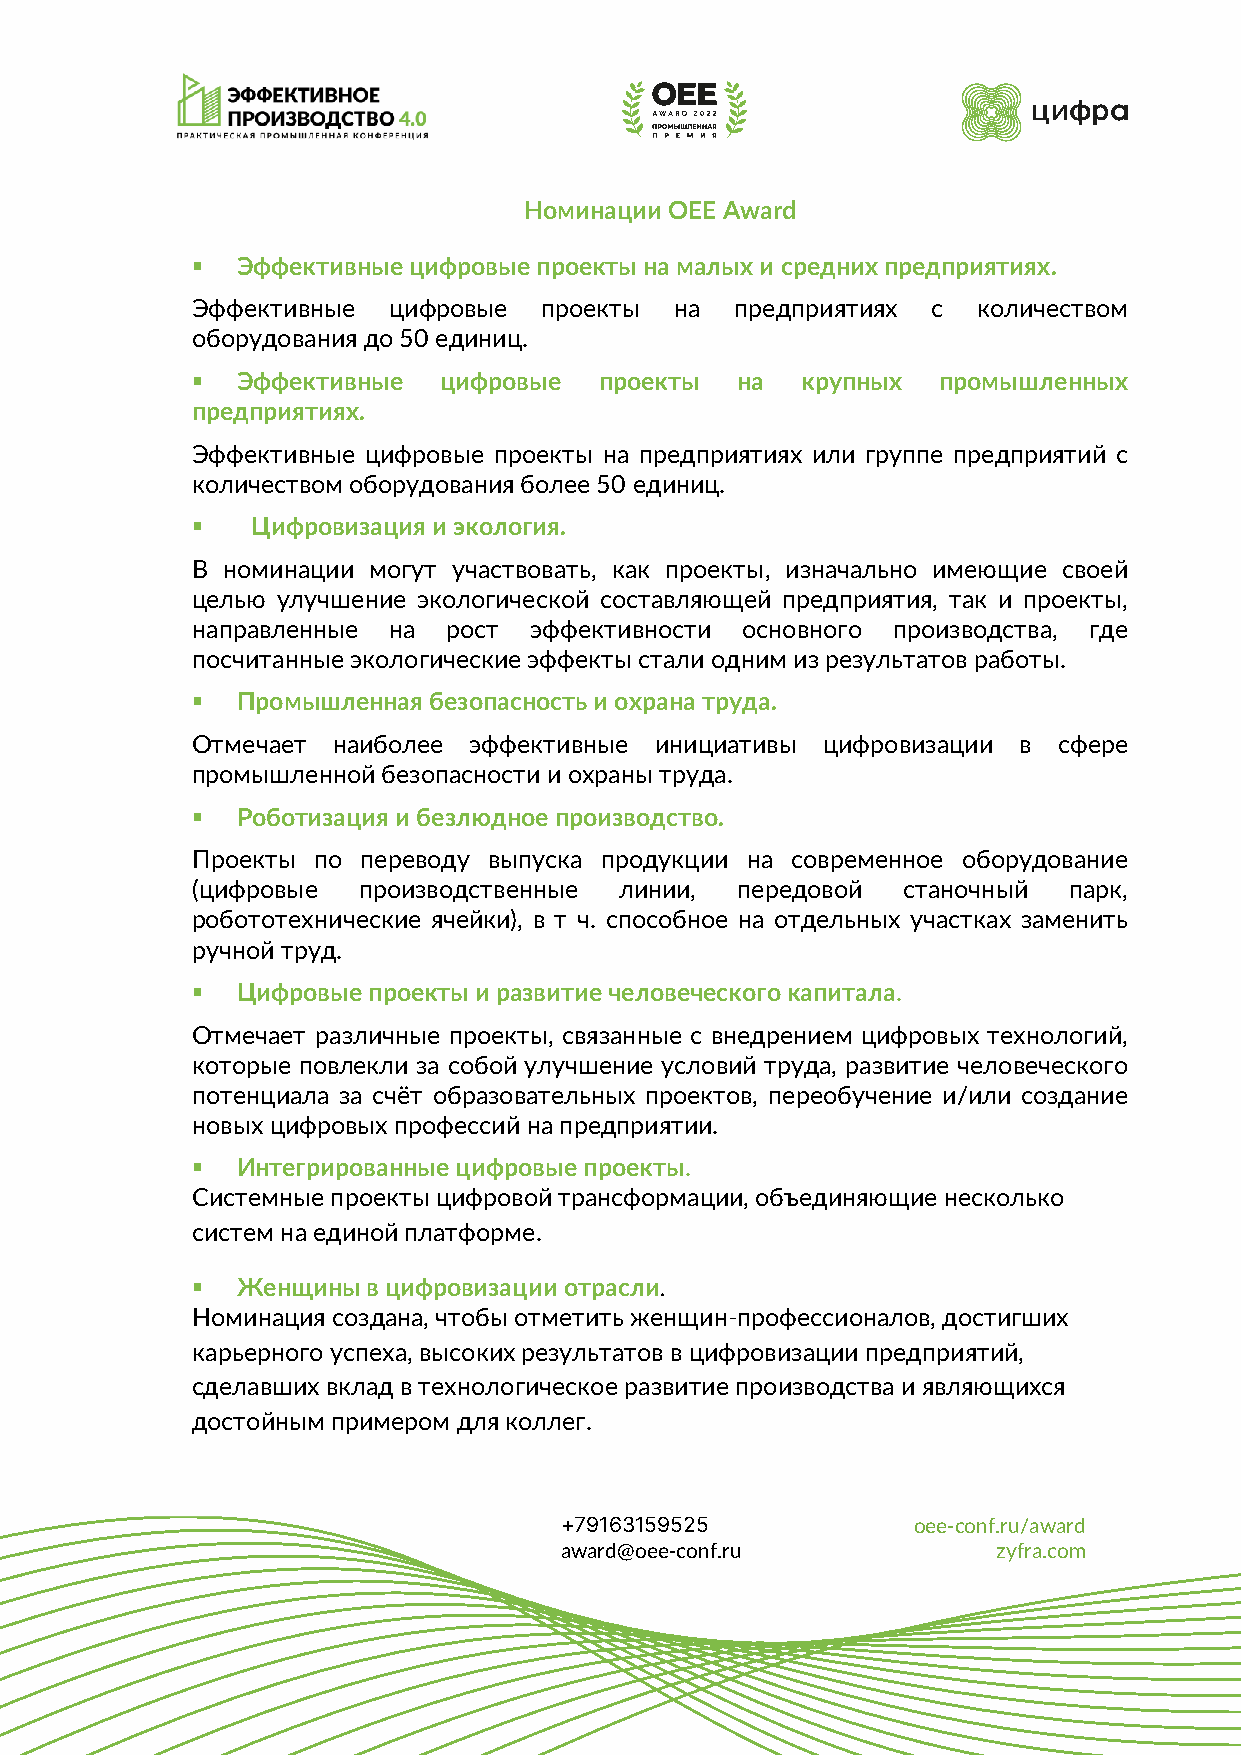
Номинации OEE Award
 ▪  Эффективные цифровые проекты на малых и средних предприятиях.
 Эффективные  цифровые  проекты  на  предприятиях с  количеством
 оборудования до 50 единиц.
 ▪  Эффективные  цифровые   проекты  на  крупных  промышленных
 предприятиях.
 Эффективные цифровые проекты на предприятиях или группе предприятий с
 количеством оборудования более 50 единиц.
 ▪   Цифровизация и экология.
 В номинации могут участвовать, как проекты, изначально имеющие своей
 целью улучшение экологической составляющей предприятия, так и проекты,
 направленные на  рост эффективности основного производства, где
 посчитанные экологические эффекты стали одним из результатов работы.
 ▪  Промышленная безопасность и охрана труда.
 Отмечает наиболее эффективные инициативы цифровизации в  сфере
 промышленной безопасности и охраны труда.
 ▪  Роботизация и безлюдное производство.
 Проекты по переводу выпуска продукции на современное оборудование
 (цифровые  производственные линии,  передовой  станочный  парк,
 робототехнические ячейки), в т ч. способное на отдельных участках заменить
 ручной труд.
 ▪  Цифровые проекты и развитие человеческого капитала.
 Отмечает различные проекты, связанные с внедрением цифровых технологий,
 которые повлекли за собой улучшение условий труда, развитие человеческого
 потенциала за счёт образовательных проектов, переобучение и/или создание
 новых цифровых профессий на предприятии.
 ▪  Интегрированные цифровые проекты.
 Системные проекты цифровой трансформации, объединяющие несколько
 систем на единой платформе.
 ▪  Женщины в цифровизации отрасли.
 Номинация создана, чтобы отметить женщин-профессионалов, достигших
 карьерного успеха, высоких результатов в цифровизации предприятий,
 сделавших вклад в технологическое развитие производства и являющихся
 достойным примером для коллег.
 +79163159525           oee-conf.ru/award
 award@oee-conf.ru            zyfra.com